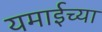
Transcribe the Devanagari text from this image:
यमाईच्या